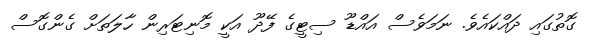
ގޮތުގައި ދައްކައެވެ. ނަމަވެސް އައްޑޫ ސިޓީގެ ފޭދޫ އަކީ މޮނިޓަރިން ހާލަތަށް ގެންގޮސް